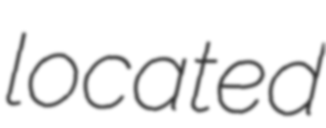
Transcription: located